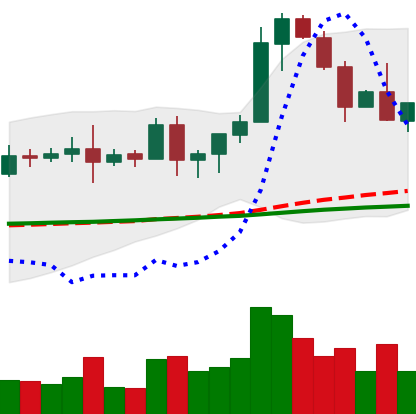
Ticker: EOS-USD
Chart end date: 2020-08-22
Forward return: -11.586%
Label: down_7plus